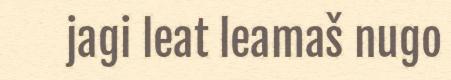
jagi leat leamaš nugo